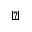
\triangleright